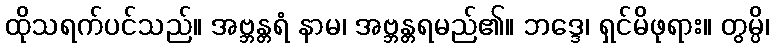
ထိုသရက်ပင်သည်။ အဗ္ဘန္တရံ နာမ၊ အဗ္ဘန္တရမည်၏။ ဘဒ္ဒေ၊ ရှင်မိဖုရား။ တွမ္ပိ၊